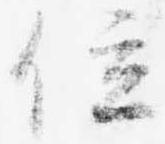
位